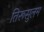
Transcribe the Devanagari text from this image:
तिरूसुलम